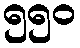
၅၅၀